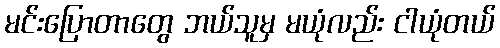
မင်းပြောတာတွေ ဘယ်သူမှ မယုံလည်း ငါယုံတယ်